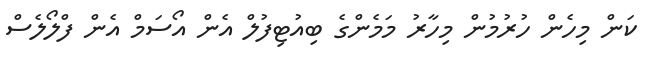
ކަން މިހެން ހުރުމުން މިހާރު މަމެންގެ ބިއުޓިފުލް އެން އޯސަމް އެން ފްލޯލެސް